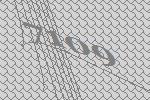
7109